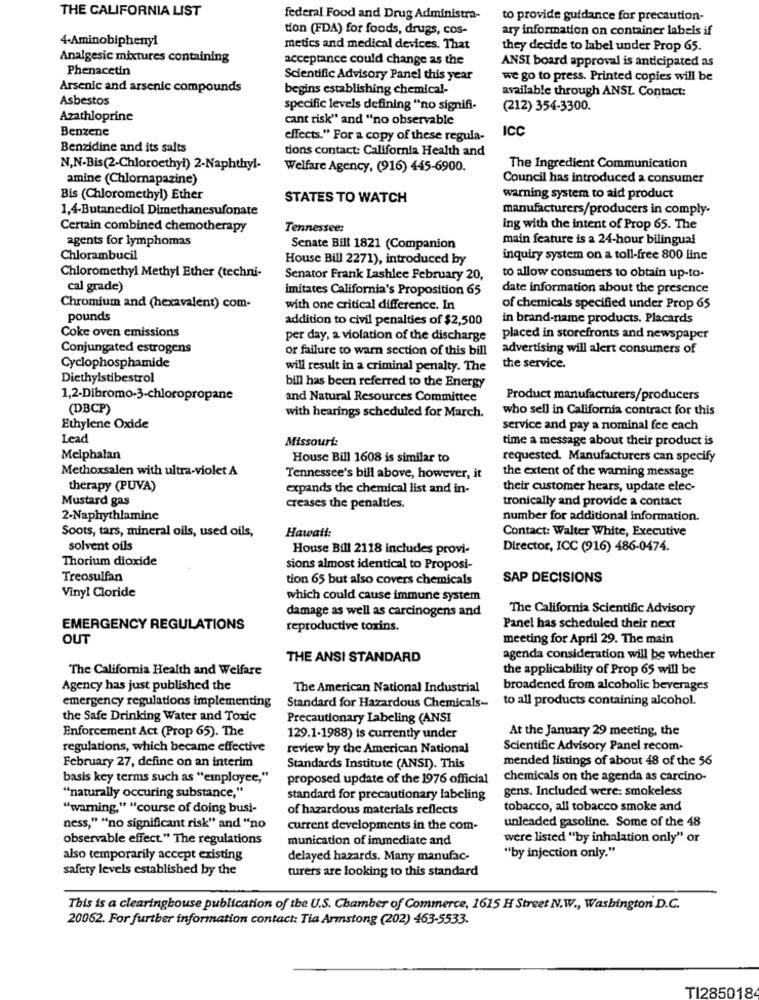
THE CALIFORNIA LIST
federal Food and Drug Administra-
to provide guidance for precaution-
tion (FDA) for foods, drugs, cos-
ary information on container labels if
4-Aminobiphenyl
metics and medical devices. That
they decide to label under Prop 65.
Analgesic mixtures containing
acceptance could change as the
Phenacetin
ANSI board approval is anticipated as
Scientific Advisory Panel this year
we go to press. Printed copies will be
Arsenic and arsenic compounds
begins establishing chemical-
available through ANSL Contact:
Asbestos
specific levels defining "no signifi-
(212) 354-3300.
Azathloprine
cant risk" and "no observable
Benzene
ICC
effects." For a copy of these regula-
Benzidine and its salts
dons contact: California Health and
N,N-Bis(2-Chloroethyl) 2-Naphthyl-
Welfare Agency, (916) 445-6900.
The Ingredient Communication
amine (Chlornapazine)
Council has introduced a consumer
Bis (Chloromethyl) Ether
STATES TO WATCH
warning system to aid product
1,4-Butanediol Dimethanesufonate
manufacturers/producers in comply-
Certain combined chemotherapy
Tennessee:
ing with the intent of Prop 65. The
agents for lymphomas
main feature is a 24-hour bilingual
Senate Bill 1821 (Companion
Chlorambucil
House Bill 2271), introduced by
inquiry system on a toll-free 800 line
Chloromethyl Methyl Ether (techni-
Senator Frank Lashlee February 20,
to allow consumers to obtain up-to-
cal grade)
imitates California's Proposition 65
date information about the presence
Chromium and (hexavalent) com-
with one critical difference. In
of chemicals specified under Prop 65
pounds
addition to civil penalties of $2,500
in brand-name products. Placards
Coke oven emissions
per day, a violation of the discharge
placed in storefronts and newspaper
Conjungated estrogens
or failure to warn section of this bill
advertising will alert consumers of
Cyclophosphamide
will result in a criminal penalty. The
the service.
Diethylstibestrol
bill has been referred to the Energy
1,2-Dibromo-3-chloropropane
and Natural Resources Committee
Product manufacturers/producers
(DBCP)
with hearings scheduled for March.
who sell in California contract for this
Ethylene Oxide
service and pay a nominal fee each
Lead
Missouri:
time a message about their product is
Melphalan
House Bill 1608 is similar to
requested. Manufacturers can specify
Methoxsalen with ultra-violet A
Tennessee's bill above, however, it
the extent of the warning message
therapy (PUVA)
expands the chemical list and in-
their customer hears, update elec-
Mustard gas
tronically and provide a contact
creases the penalties.
2-Naphythlamine
number for additional information.
Soots, tars, mineral oils, used oils,
Hawaii:
Contact: Walter White, Executive
solvent oils
House Bill 2118 includes provi-
Director, ICC (916) 486-0474.
Thorium dioxide
sions almost identical to Proposi-
Treosulfan
tion 65 but also covers chemicals
SAP DECISIONS
Vinyl Cloride
which could cause immune system
damage as well as carcinogens and
The California Scientific Advisory
EMERGENCY REGULATIONS
reproductive toxins.
Panel has scheduled their next
OUT
meeting for April 29. The main
THE ANSI STANDARD
agenda consideration will be whether
The California Health and Welfare
the applicability of Prop 65 will be
Agency has just published the
The American National Industrial
broadened from alcoholic beverages
emergency regulations implementing
to all products containing alcohol.
Standard for Hazardous Chemicals-
the Safe Drinking Water and Toxic
Precautionary Labeling (ANSI
Enforcement Act (Prop 65). The
At the January 29 meeting, the
129.1-1988) is currently under
regulations, which became effective
review by the American National
Scientific Advisory Panel recom-
mended listings of about 48 of the 56
February 27, define on an interim
Standards Institute (ANSI). This
basis key terms such as "employee,"
proposed update of the 1976 official
chemicals on the agenda as carcino-
gens. Included were: smokeless
"naturally occuring substance,"
standard for precautionary labeling
"warning," "course of doing busi-
of hazardous materials reflects
tobacco, all tobacco smoke and
unleaded gasoline. Some of the 48
ness," "no significant risk" and "no
current developments in the com-
observable effect" The regulations
munication of immediate and
were listed "by inhalation only" or
also temporarily accept existing
delayed hazards. Many manufac-
"by injection only."
safety levels established by the
turers are looking to this standard
This is a clearinghouse publication of the U.S. Chamber of Commerce, 1615 H Street N.W ., Washington D.C.
20062. For further information contact: Tia Armstong (202) 463-5533.
TI285018